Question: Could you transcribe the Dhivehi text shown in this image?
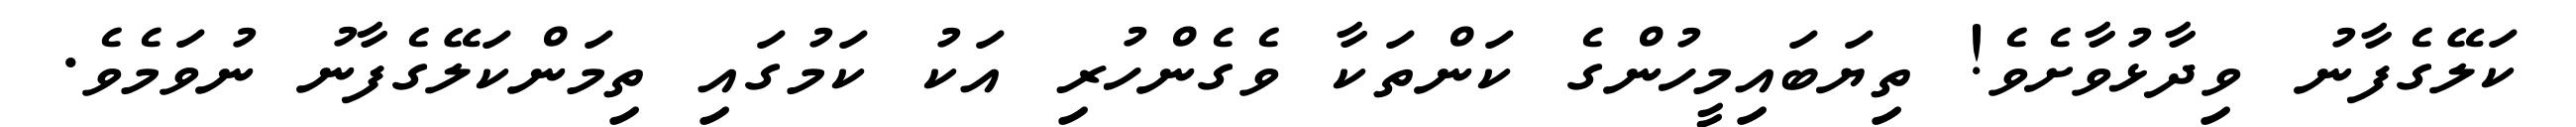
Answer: ކަލޭގެފާނު ވިދާޅުވާށެވެ! ތިޔަބައިމީހުންގެ ކަންތަކާ ވެގެންހުރި އަކު ކަމުގައި ތިމަންކަލޭގެފާނު ނުވަމެވެ.